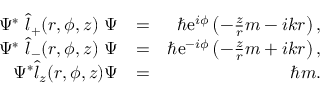
\begin{array} { r l r } { \Psi ^ { * } \ \hat { l } _ { + } ( r , \phi , z ) \ \Psi } & { = } & { \hbar \mathrm { e } ^ { i \phi } \left( - \frac { z } { r } m - i k r \right) , } \\ { \Psi ^ { * } \ \hat { l } _ { - } ( r , \phi , z ) \ \Psi } & { = } & { \hbar \mathrm { e } ^ { - i \phi } \left( - \frac { z } { r } m + i k r \right) , } \\ { \Psi ^ { * } \hat { l } _ { z } ( r , \phi , z ) \Psi } & { = } & { \hbar m . } \end{array}